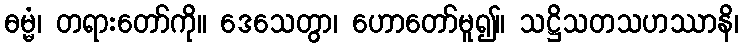
ဓမ္မံ၊ တရားတော်ကို။ ဒေသေတွာ၊ ဟောတော်မူ၍။ သဋ္ဌိသတသဟဿာနိ၊